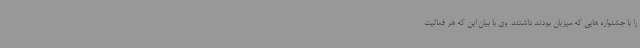
را با جشنواره هایی که میزبان بودند داشتند. وی با بیان این که هر فعالیت